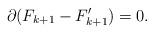
LaTeX: \begin{align*} \partial (F_{k+1} - F'_{k+1}) = 0. \end{align*}